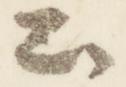
公